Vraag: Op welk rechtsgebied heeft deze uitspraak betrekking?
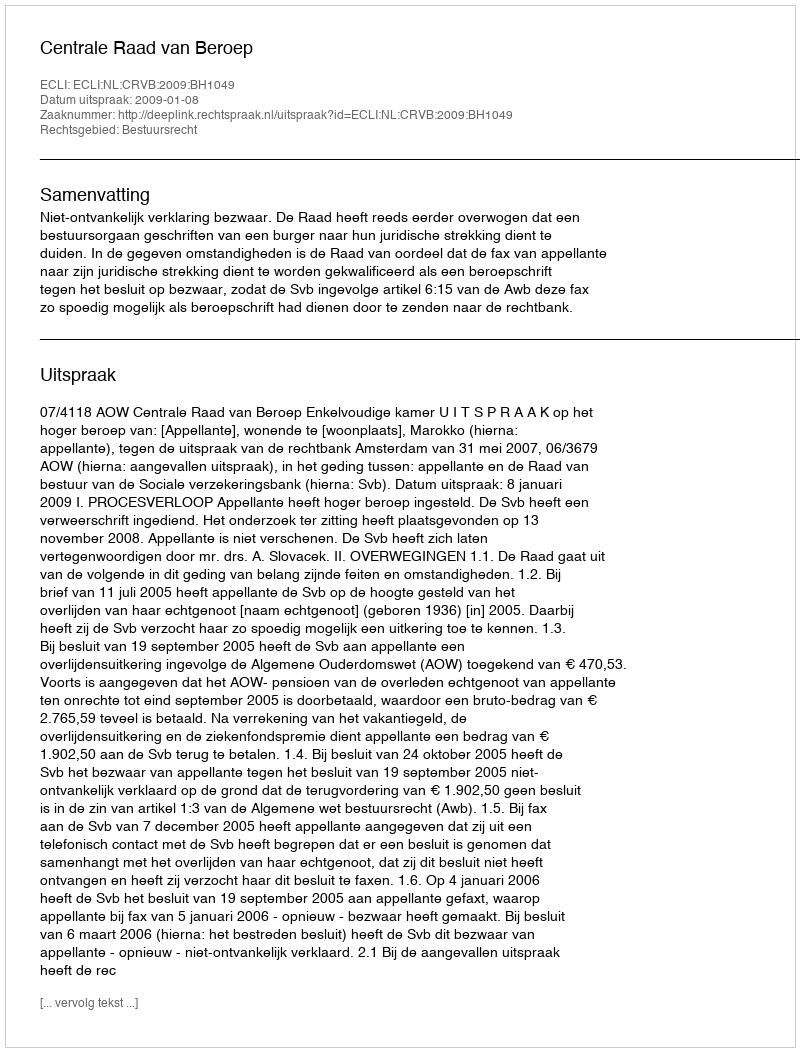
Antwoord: Bestuursrecht